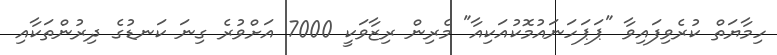
ހިމާޔަތް ކުރެވިފައިވާ "ޕަޕަހަނައުމޮކުއަކިއާ" މެރިން ރިޒާވަކީ 7000 އަށްވުރެ ގިނަ ކަނޑުގެ ދިރުންތަކާއި